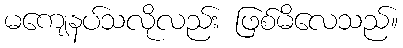
မကျေနပ်သလိုလည်း ဖြစ်မိလေသည်။